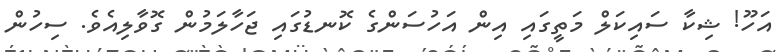
އަހޫ! ޝިކާ ސައިކަލް މަތީގައި އިން އަހުސަންގެ ކޮނޑުގައި ޖަހާލަމުން ގޮވާލިއެވެ. ސިހުން